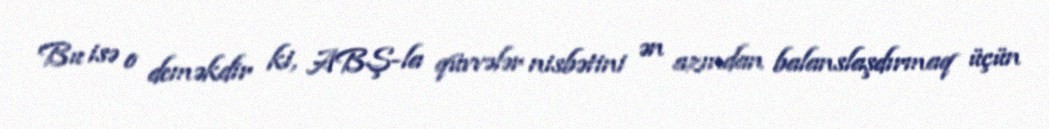
Bu isə o deməkdir ki, ABŞ-la qüvvələr nisbətini ən azından balanslaşdırmaq üçün